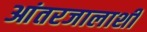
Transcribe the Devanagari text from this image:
आंतरजालाशी